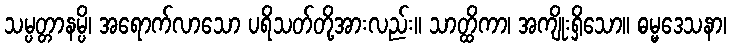
သမ္ပတ္တာနမ္ပိ၊ အရောက်လာသော ပရိသတ်တို့အားလည်း။ သာတ္ထိကာ၊ အကျိုးရှိသော။ ဓမ္မဒေသနာ၊